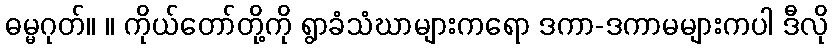
ဓမ္မဂုတ်။ ။ ကိုယ်တော်တို့ကို ရွာခံသံဃာများကရော ဒကာ-ဒကာမများကပါ ဒီလို